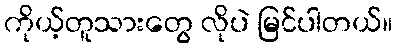
ကိုယ့်တူသားတွေ လိုပဲ မြင်ပါတယ်။